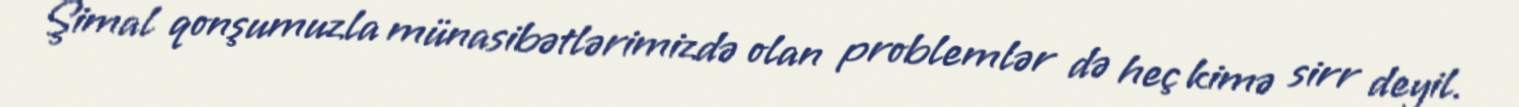
Şimal qonşumuzla münasibətlərimizdə olan problemlər də heç kimə sirr deyil.